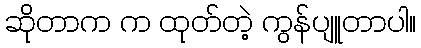
ဆိုတာက က ထုတ်တဲ့ ကွန်ပျူတာပါ။